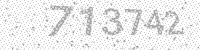
Solution: 713742